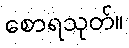
စောရသုတ်။